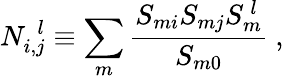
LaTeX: N_{i,j}^{~~l}\equiv\sum_{m}\frac{S_{mi}S_{mj}S_{m}^{~l}}{S_{m0}}~,